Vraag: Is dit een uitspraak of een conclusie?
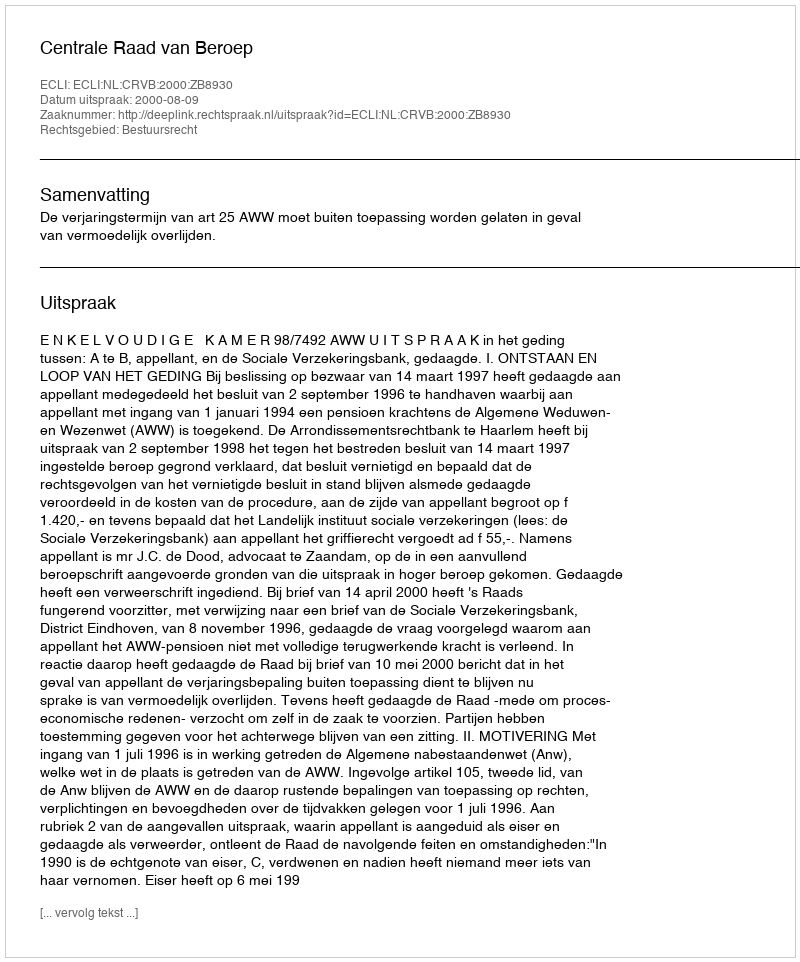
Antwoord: Uitspraak